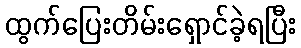
ထွက်ပြေးတိမ်းရှောင်ခဲ့ရပြီး